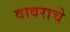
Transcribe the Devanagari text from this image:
वावराचे